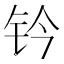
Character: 钤